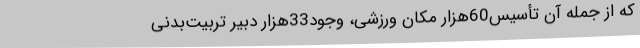
که از جمله آن تأسیس60هزار مکان ورزشی، وجود33هزار دبیر تربیت‌بدنی